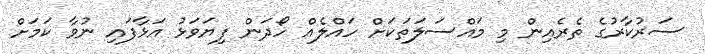
ސަރުކާރުގެ ތެރެއިން މި މައްސަލަތަކަށް ހައްލެއް ހޯދަން ފިޔަވަޅު އަޅާފައި ނުވާ ކަމަށް